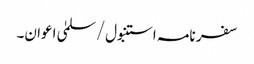
سفر نامہ استنبول/سلمیٰ اعوان۔